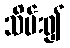
သိမ်း၍